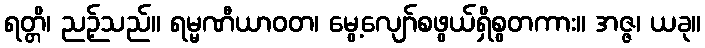
ရတ္တိ၊ ညဉ့်သည်။ ရမ္မဏီယာဝတ၊ မွေ့လျော်စဖွယ်ရှိစွတကား။ အဇ္ဇ၊ ယခု။